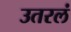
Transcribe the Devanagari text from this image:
उतरलं